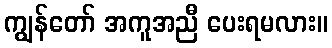
ကျွန်တော် အကူအညီ ပေးရမလား။